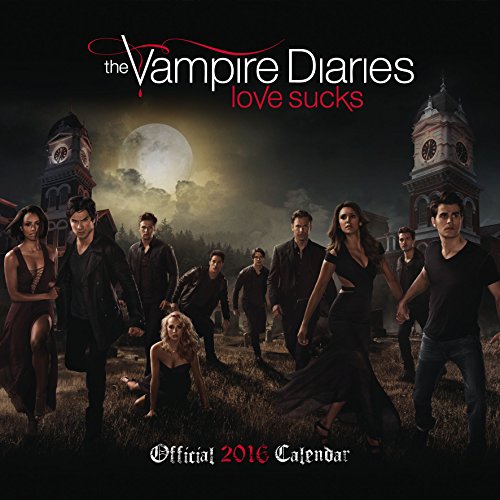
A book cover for The Official Vampire Diaries 2016 Square Calendar; Calendars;